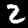
Digit: 2